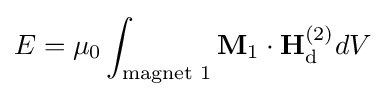
E=\mu _{0}\int _{\text{magnet 1}}\mathbf {M} _{1}\cdot \mathbf {H} _{\text{d}}^{(2)}dV